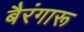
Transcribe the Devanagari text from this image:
बैरंगारू